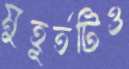
মুহূর্তটিও